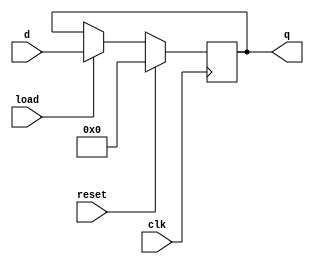
/*
	16bit register
*/module register16(
		input[15:0] d,
		input clk,reset,load,
		output reg[15:0] q=0);

always @(negedge clk) begin
	if (reset==1)
		q<=0;
	else if(load==1)
		q<=d;
end
endmodule